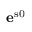
\mathbf { e } ^ { \mathrm { { s 0 } } }